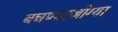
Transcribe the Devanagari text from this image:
बघण्याजोग्या